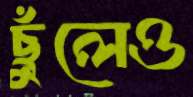
ছুঁলেও